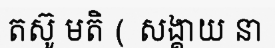
តស៊ូ មតិ ( សង្គាយ នា